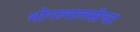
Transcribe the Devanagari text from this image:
भोगलालसेचा